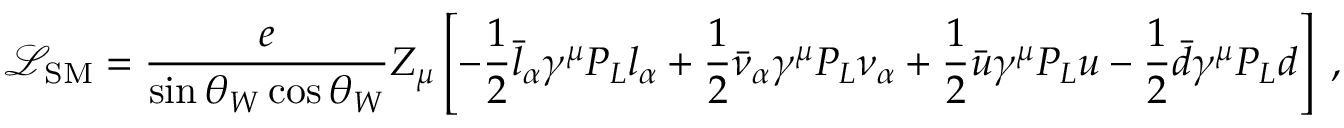
\mathscr { L } _ { \mathrm { S M } } = \frac { e } { \sin \theta _ { W } \cos \theta _ { W } } Z _ { \mu } \left[ - \frac { 1 } { 2 } \bar { l } _ { \alpha } \gamma ^ { \mu } P _ { L } l _ { \alpha } + \frac { 1 } { 2 } \bar { \nu } _ { \alpha } \gamma ^ { \mu } P _ { L } \nu _ { \alpha } + \frac { 1 } { 2 } \bar { u } \gamma ^ { \mu } P _ { L } u - \frac { 1 } { 2 } \bar { d } \gamma ^ { \mu } P _ { L } d \right] \; ,